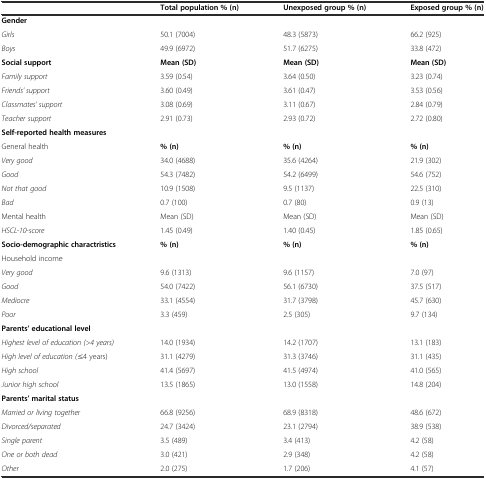
<table><thead><tr><td></td><td><b>Total population % (n)</b></td><td><b>Unexposed group % (n)</b></td><td><b>Exposed group % (n)</b></td></tr></thead><tbody><tr><td><b>Gender</b></td><td></td><td></td><td></td></tr><tr><td><i>Girls</i></td><td>50.1 (7004)</td><td>48.3 (5873)</td><td>66.2 (925)</td></tr><tr><td><i>Boys</i></td><td>49.9 (6972)</td><td>51.7 (6275)</td><td>33.8 (472)</td></tr><tr><td><b>Social support</b></td><td><b>Mean (SD)</b></td><td><b>Mean (SD)</b></td><td><b>Mean (SD)</b></td></tr><tr><td><i>Family support</i></td><td>3.59 (0.54)</td><td>3.64 (0.50)</td><td>3.23 (0.74)</td></tr><tr><td><i>Friends’ support</i></td><td>3.60 (0.49)</td><td>3.61 (0.47)</td><td>3.53 (0.56)</td></tr><tr><td><i>Classmates’ support</i></td><td>3.08 (0.69)</td><td>3.11 (0.67)</td><td>2.84 (0.79)</td></tr><tr><td><i>Teacher support</i></td><td>2.91 (0.73)</td><td>2.93 (0.72)</td><td>2.72 (0.80)</td></tr><tr><td><b>Self-reported health measures</b></td><td></td><td></td><td></td></tr><tr><td>General health</td><td><b>% (n)</b></td><td><b>% (n)</b></td><td><b>% (n)</b></td></tr><tr><td><i>Very good</i></td><td>34.0 (4688)</td><td>35.6 (4264)</td><td>21.9 (302)</td></tr><tr><td><i>Good</i></td><td>54.3 (7482)</td><td>54.2 (6499)</td><td>54.6 (752)</td></tr><tr><td><i>Not that good</i></td><td>10.9 (1508)</td><td>9.5 (1137)</td><td>22.5 (310)</td></tr><tr><td><i>Bad</i></td><td>0.7 (100)</td><td>0.7 (80)</td><td>0.9 (13)</td></tr><tr><td>Mental health</td><td>Mean (SD)</td><td>Mean (SD)</td><td>Mean (SD)</td></tr><tr><td><i>HSCL-10-score</i></td><td>1.45 (0.49)</td><td>1.40 (0.45)</td><td>1.85 (0.65)</td></tr><tr><td><b>Socio-demographic charactristics</b></td><td><b>% (n)</b></td><td><b>% (n)</b></td><td><b>% (n)</b></td></tr><tr><td>Household income</td><td></td><td></td><td></td></tr><tr><td><i>Very good</i></td><td>9.6 (1313)</td><td>9.6 (1157)</td><td>7.0 (97)</td></tr><tr><td><i>Good</i></td><td>54.0 (7422)</td><td>56.1 (6730)</td><td>37.5 (517)</td></tr><tr><td><i>Mediocre</i></td><td>33.1 (4554)</td><td>31.7 (3798)</td><td>45.7 (630)</td></tr><tr><td><i>Poor</i></td><td>3.3 (459)</td><td>2.5 (305)</td><td>9.7 (134)</td></tr><tr><td><b>Parents’ educational level</b></td><td></td><td></td><td></td></tr><tr><td><i>Highest level of education (&gt;4 years)</i></td><td>14.0 (1934)</td><td>14.2 (1707)</td><td>13.1 (183)</td></tr><tr><td><i>High level of education (≤4 years)</i></td><td>31.1 (4279)</td><td>31.3 (3746)</td><td>31.1 (435)</td></tr><tr><td><i>High school</i></td><td>41.4 (5697)</td><td>41.5 (4974)</td><td>41.0 (565)</td></tr><tr><td><i>Junior high school</i></td><td>13.5 (1865)</td><td>13.0 (1558)</td><td>14.8 (204)</td></tr><tr><td><b>Parents’ marital status</b></td><td></td><td></td><td></td></tr><tr><td><i>Married or living together</i></td><td>66.8 (9256)</td><td>68.9 (8318)</td><td>48.6 (672)</td></tr><tr><td><i>Divorced/separated</i></td><td>24.7 (3424)</td><td>23.1 (2794)</td><td>38.9 (538)</td></tr><tr><td><i>Single parent</i></td><td>3.5 (489)</td><td>3.4 (413)</td><td>4.2 (58)</td></tr><tr><td><i>One or both dead</i></td><td>3.0 (421)</td><td>2.9 (348)</td><td>4.2 (58)</td></tr><tr><td><i>Other</i></td><td>2.0 (275)</td><td>1.7 (206)</td><td>4.1 (57)</td></tr></tbody></table>